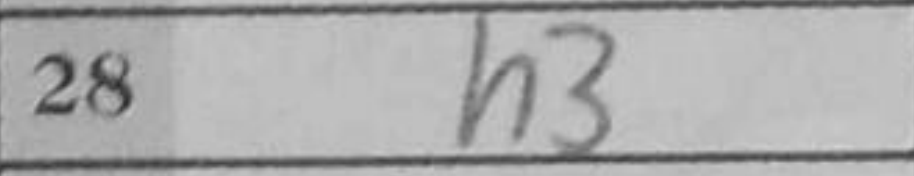
Transcription: h3